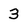
Character: 3